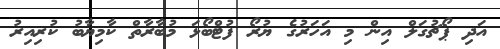
އަދި ޕޯޗުގަލް އިން މި އަހަރުގެ ޔުރޯ ފުޓްބޯޅަ މުބާރާތް ކާމިޔާބު ކުރިއިރު